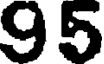
95